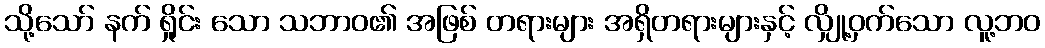
သို့သော် နက် ရှိုင်း သော သဘာဝ၏ အဖြစ် တရားများ အရှိတရားများနှင့် လျှို့ဝှက်သော လူ့ဘဝ